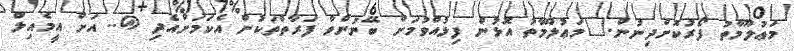
މަޢުލޫމާތު ފޯރުކޮށްދިނުން.	މަޢުލޫމާތު އޮޅުން ފިލުއްވުމަށް ބޭނުންވާ ފަރާތްތަކުން އެކަމަށްއެދި @.. އަށް އީމެއިލް